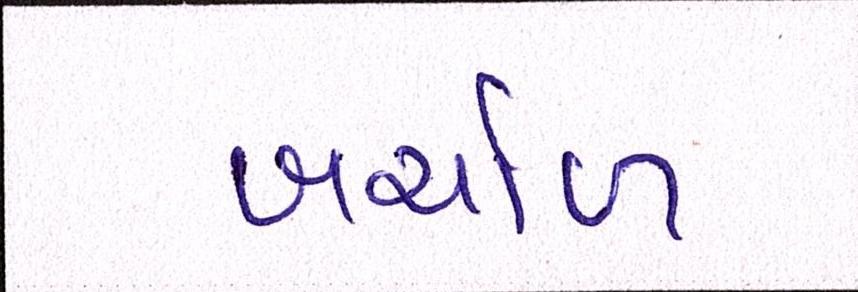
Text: ખર્ચાળ